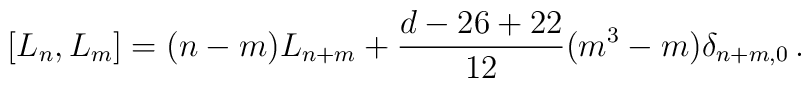
[L_n , L_m] = (n-m) L_{n+m} +\frac{d-26+22}{12} (m^3-m) \delta_{n+m,0}\,.